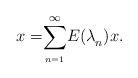
LaTeX: \begin{align*}{x=}\overset{\infty }{\underset{_{n=1}}{\sum }}{ E(\lambda }_{n}{ )x}.\end{align*}